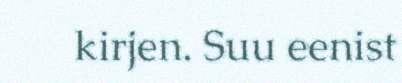
kirjen. Suu eenist